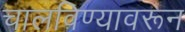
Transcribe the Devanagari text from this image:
चालविण्यावरून